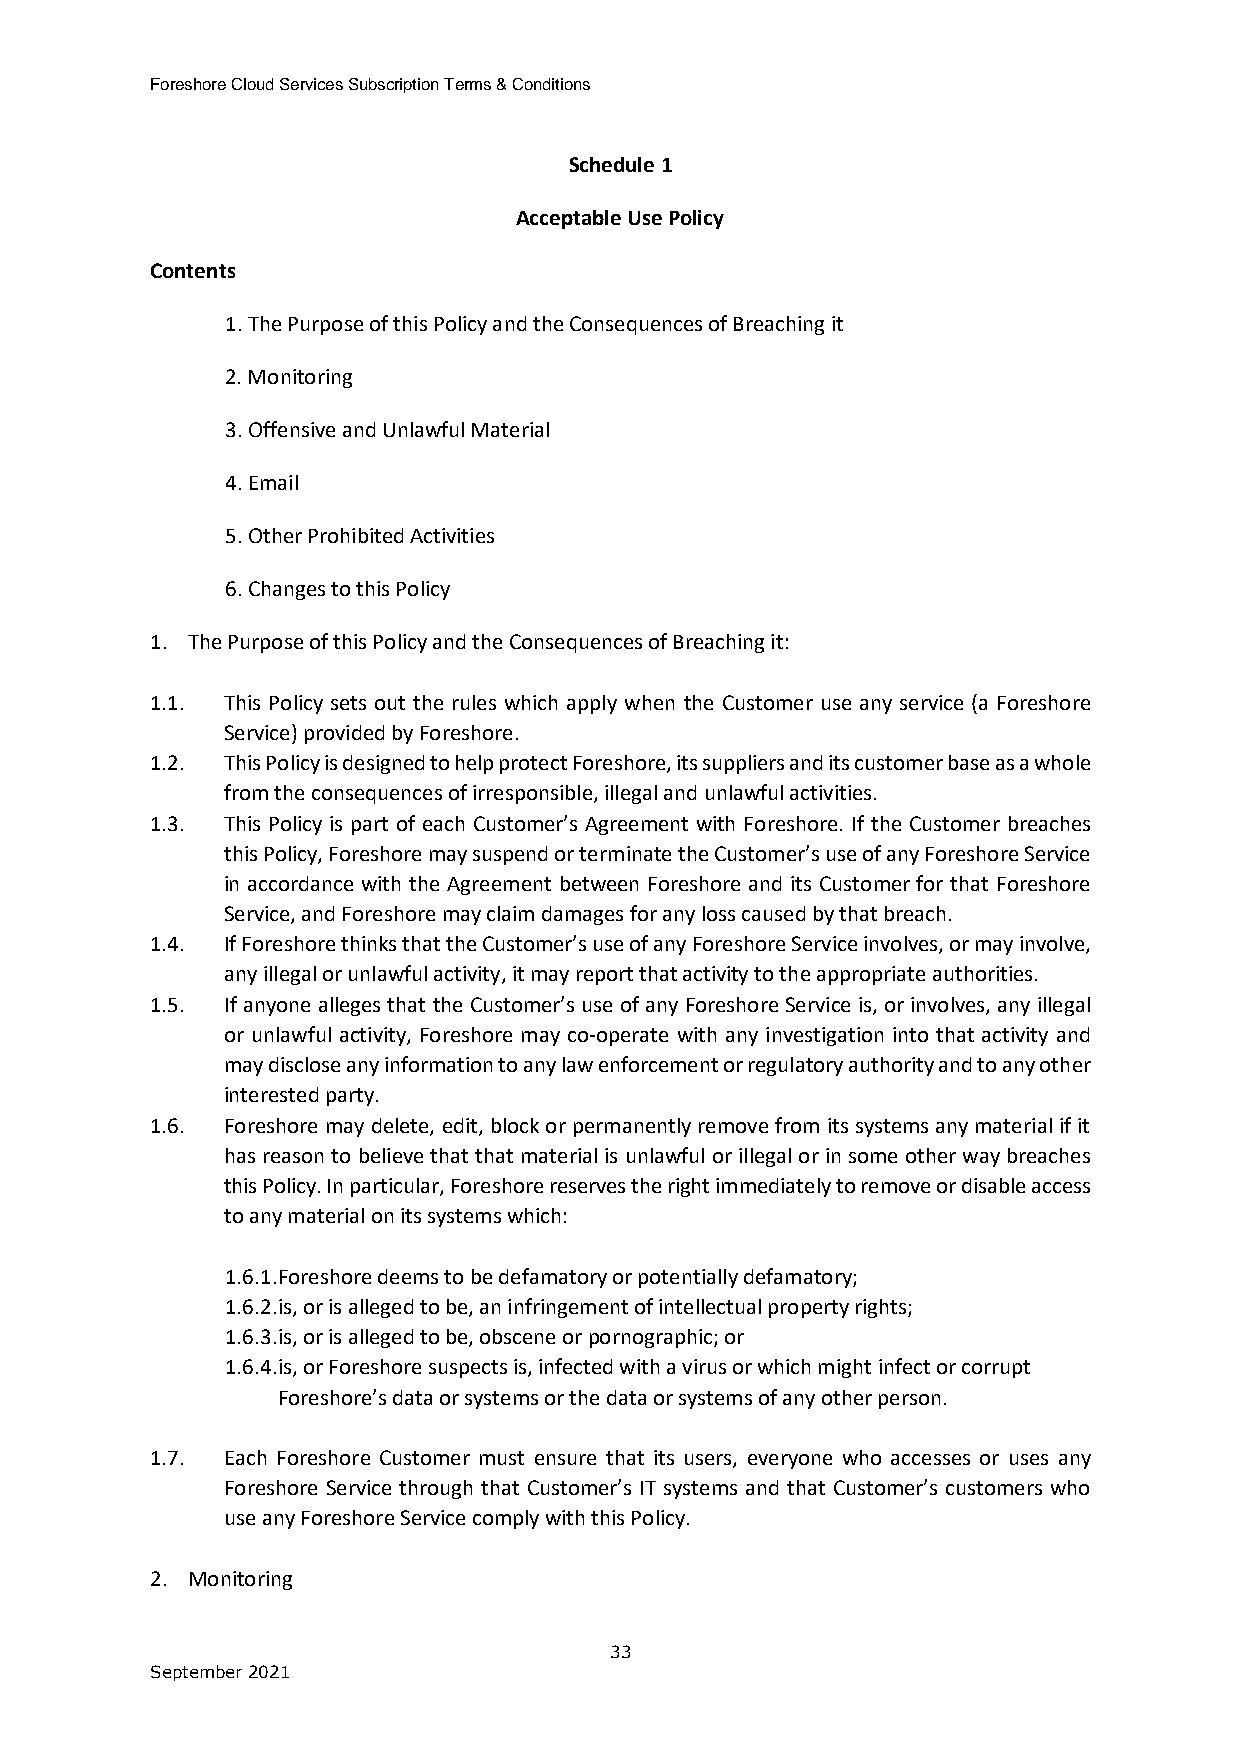
Foreshore Cloud Services Subscription Terms & Conditions
 Schedule 1
 Acceptable Use Policy
 Contents
 1. The Purpose of this Policy and the Consequences of Breaching it
 2. Monitoring
 3. Offensive and Unlawful Material
 4. Email
 5. Other Prohibited Activities
 6. Changes to this Policy
 1. The Purpose of this Policy and the Consequences of Breaching it:
 1.1. This Policy sets out the rules which apply when the Customer use any service (a Foreshore
 Service) provided by Foreshore.
 1.2. This Policy is designed to help protect Foreshore, its suppliers and its customer base as a whole
 from the consequences of irresponsible, illegal and unlawful activities.
 1.3. This Policy is part of each Customer’s Agreement with Foreshore. If the Customer breaches
 this Policy, Foreshore may suspend or terminate the Customer’s use of any Foreshore Service
 in accordance with the Agreement between Foreshore and its Customer for that Foreshore
 Service, and Foreshore may claim damages for any loss caused by that breach.
 1.4. If Foreshore thinks that the Customer’s use of any Foreshore Service involves, or may involve,
 any illegal or unlawful activity, it may report that activity to the appropriate authorities.
 1.5. If anyone alleges that the Customer’s use of any Foreshore Service is, or involves, any illegal
 or unlawful activity, Foreshore may co-operate with any investigation into that activity and
 may disclose any information to any law enforcement or regulatory authority and to any other
 interested party.
 1.6. Foreshore may delete, edit, block or permanently remove from its systems any material if it
 has reason to believe that that material is unlawful or illegal or in some other way breaches
 this Policy. In particular, Foreshore reserves the right immediately to remove or disable access
 to any material on its systems which:
 1.6.1. Foreshore deems to be defamatory or potentially defamatory;
 1.6.2. is, or is alleged to be, an infringement of intellectual property rights;
 1.6.3. is, or is alleged to be, obscene or pornographic; or
 1.6.4. is, or Foreshore suspects is, infected with a virus or which might infect or corrupt
 Foreshore’s data or systems or the data or systems of any other person.
 1.7. Each Foreshore Customer must ensure that its users, everyone who accesses or uses any
 Foreshore Service through that Customer’s IT systems and that Customer’s customers who
 use any Foreshore Service comply with this Policy.
 2. Monitoring
 33
 September 2021